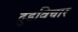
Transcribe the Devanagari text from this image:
दुडविचार